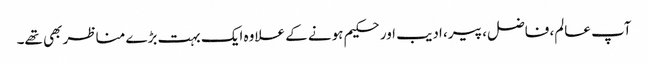
آپ عالم، فاضل، پیر، ادیب اور حکیم ہونے کے علاوہ ایک بہت بڑے مناظر بھی تھے۔